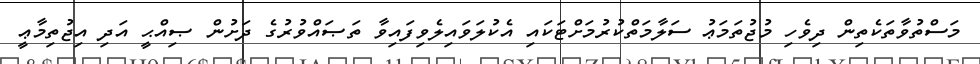
މަސްތުވާތަކެތިން ދިވެހި މުޖުތަމަޢު ސަލާމަތްކުރުމަށްޓަކައި އެކުލަވައިލެވިފައިވާ ތަޞައްވުރުގެ ދަށުން ޞިއްޙީ އަދި އިޖުތިމާޢީ